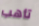
تأهب